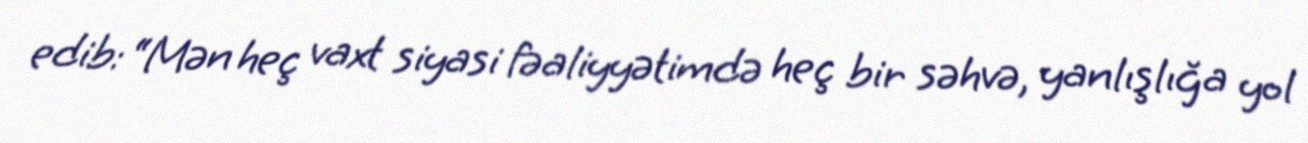
edib: “Mən heç vaxt siyasi fəaliyyətimdə heç bir səhvə, yanlışlığa yol